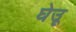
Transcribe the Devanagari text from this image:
घेउू